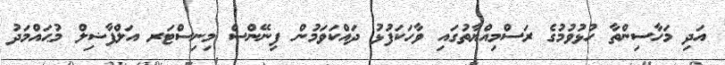
އަދި މަހާސިންތާ ހުޅުވުމުގެ ރަސްމިއްޔާތުގައި ވާހަކަފުޅު ދައްކަވަމުން ފިނޭންސް މިނިސްޓަރ އަލްފާޟިލް މުޙައްމަދު